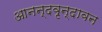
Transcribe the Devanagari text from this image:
आनन्दवृन्दावन